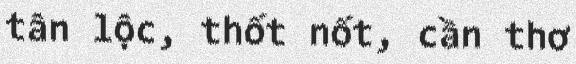
tân lộc, thốt nốt, cần thơ